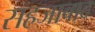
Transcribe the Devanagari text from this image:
सहजाबाद